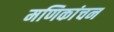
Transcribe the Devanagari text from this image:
मणिकांचन